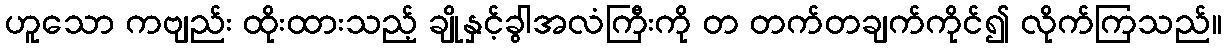
ဟူသော ကဗျည်း ထိုးထားသည့် ချိုနှင့်ခွါအလံကြီးကို တ တက်တချက်ကိုင်၍ လိုက်ကြသည်။